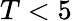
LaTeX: T<5